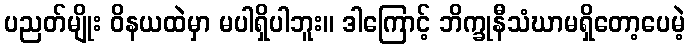
ပညတ်မျိုး ဝိနယထဲမှာ မပါရှိပါဘူး။ ဒါကြောင့် ဘိက္ခုနီသံဃာမရှိတော့ပေမဲ့